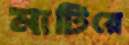
মাটিরে